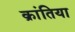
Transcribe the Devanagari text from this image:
क्रांतिया